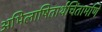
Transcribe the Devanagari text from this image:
अभिलाषितार्थचिंतामणि